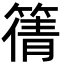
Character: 篟